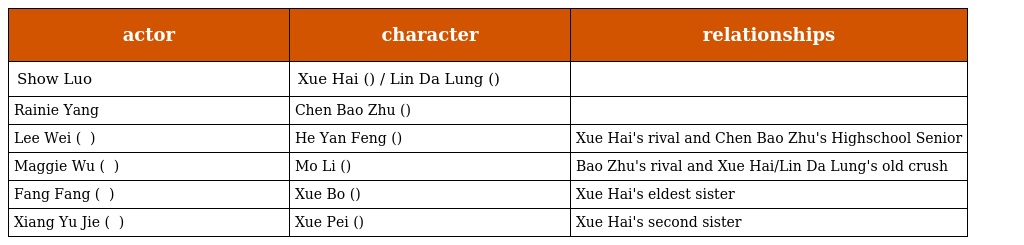
| actor | character | relationships |
 | --- | --- | --- |
 | Show Luo | Xue Hai (薛海) / Lin Da Lung (林達浪) |  |
 | Rainie Yang | Chen Bao Zhu (陳寶茱) |  |
 | Lee Wei ( 李威 ) | He Yan Feng (何言風) | Xue Hai's rival and Chen Bao Zhu's Highschool Senior |
 | Maggie Wu ( 吳亞馨 ) | Mo Li (莫莉) | Bao Zhu's rival and Xue Hai/Lin Da Lung's old crush |
 | Fang Fang ( 方芳 ) | Xue Bo (薛波) | Xue Hai's eldest sister |
 | Xiang Yu Jie ( 向語潔 ) | Xue Pei (薛佩) | Xue Hai's second sister |